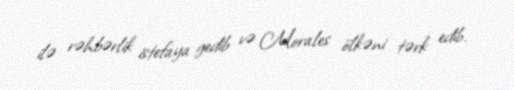
ilə rəhbərlik istefaya gedib və Morales ölkəni tərk edib.